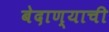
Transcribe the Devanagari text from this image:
बेदाण्याची